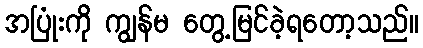
အပြုံးကို ကျွန်မ တွေ့မြင်ခဲ့ရတော့သည်။